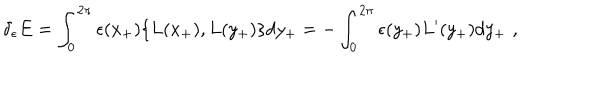
\delta _ { \epsilon } E = \int _ { 0 } ^ { 2 \pi } \epsilon ( x _ { + } ) \{ L ( x _ { + } ) , L ( y _ { + } ) \} d y _ { + } = - \int _ { 0 } ^ { 2 \pi } \epsilon ( y _ { + } ) L ^ { \prime } ( y _ { + } ) d y _ { + } \, \, ,